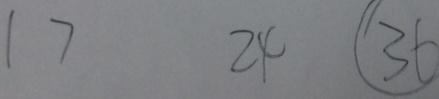
1 7 2 4 \textcircled { 3 6 }